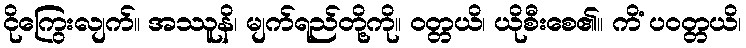
ငိုကြွေးလျက်။ အဿူနိ၊ မျက်ရည်တို့ကို။ ဝတ္တယိ၊ ယိုစီးစေ၏။ ကိံ ပဝတ္တယိ၊